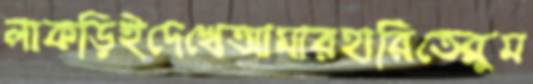
লাকড়িইদেখেআমারহারিতেব্লুম